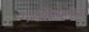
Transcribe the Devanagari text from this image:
पेन्डीमिथेलीन